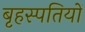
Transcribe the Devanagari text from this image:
बृहस्पतियों